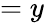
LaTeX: =y